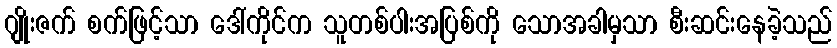
ဂျိုးဇက် စက်ဖြင့်သာ ဒေါ်ကိုင်က သူတစ်ပါးအပြစ်ကို သောအခါမှသာ စီးဆင်းနေခဲ့သည်